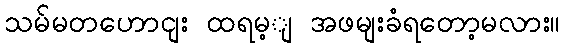
သမ်မတဟောငျး ထရမ့ျ အဖမျးခံရတော့မလား။